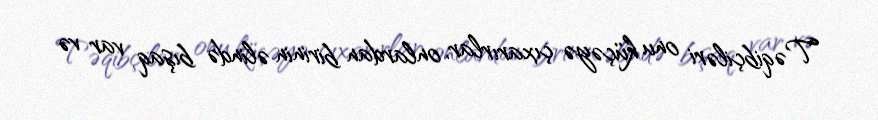
Təqibçiləri onu küçəyə çıxarırlar, onlardan birinin əlində bışaq var və